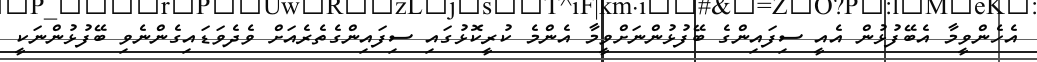
އެހެންވީމާ އެބޭފުޅުން އެއީ ސިފައިންގެ ބޭފުޅުންނަށްވީމާ އެންމެ ކުރީކޮޅުގައި ސިފައިންގެތެރެއަށް ވެދެވަޑައިގެންނެވި ބޭފުޅުންނަކީ